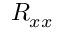
R _ { x x }